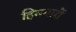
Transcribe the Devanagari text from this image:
हिमगारों